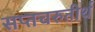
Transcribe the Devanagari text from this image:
सप्तचरुतीर्थ